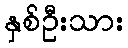
နှစ်ဦးသား